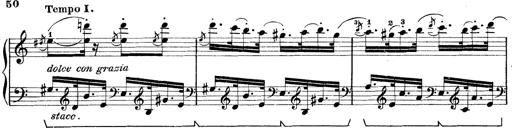
Title: Rapsodie: 19 ungheresi, 1 spagnuola
Composer: Franz Liszt